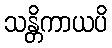
သန္တိကာယပိ